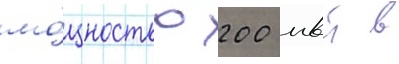
мо́щностью 200 мвт в